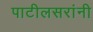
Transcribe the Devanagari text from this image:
पाटीलसरांनी